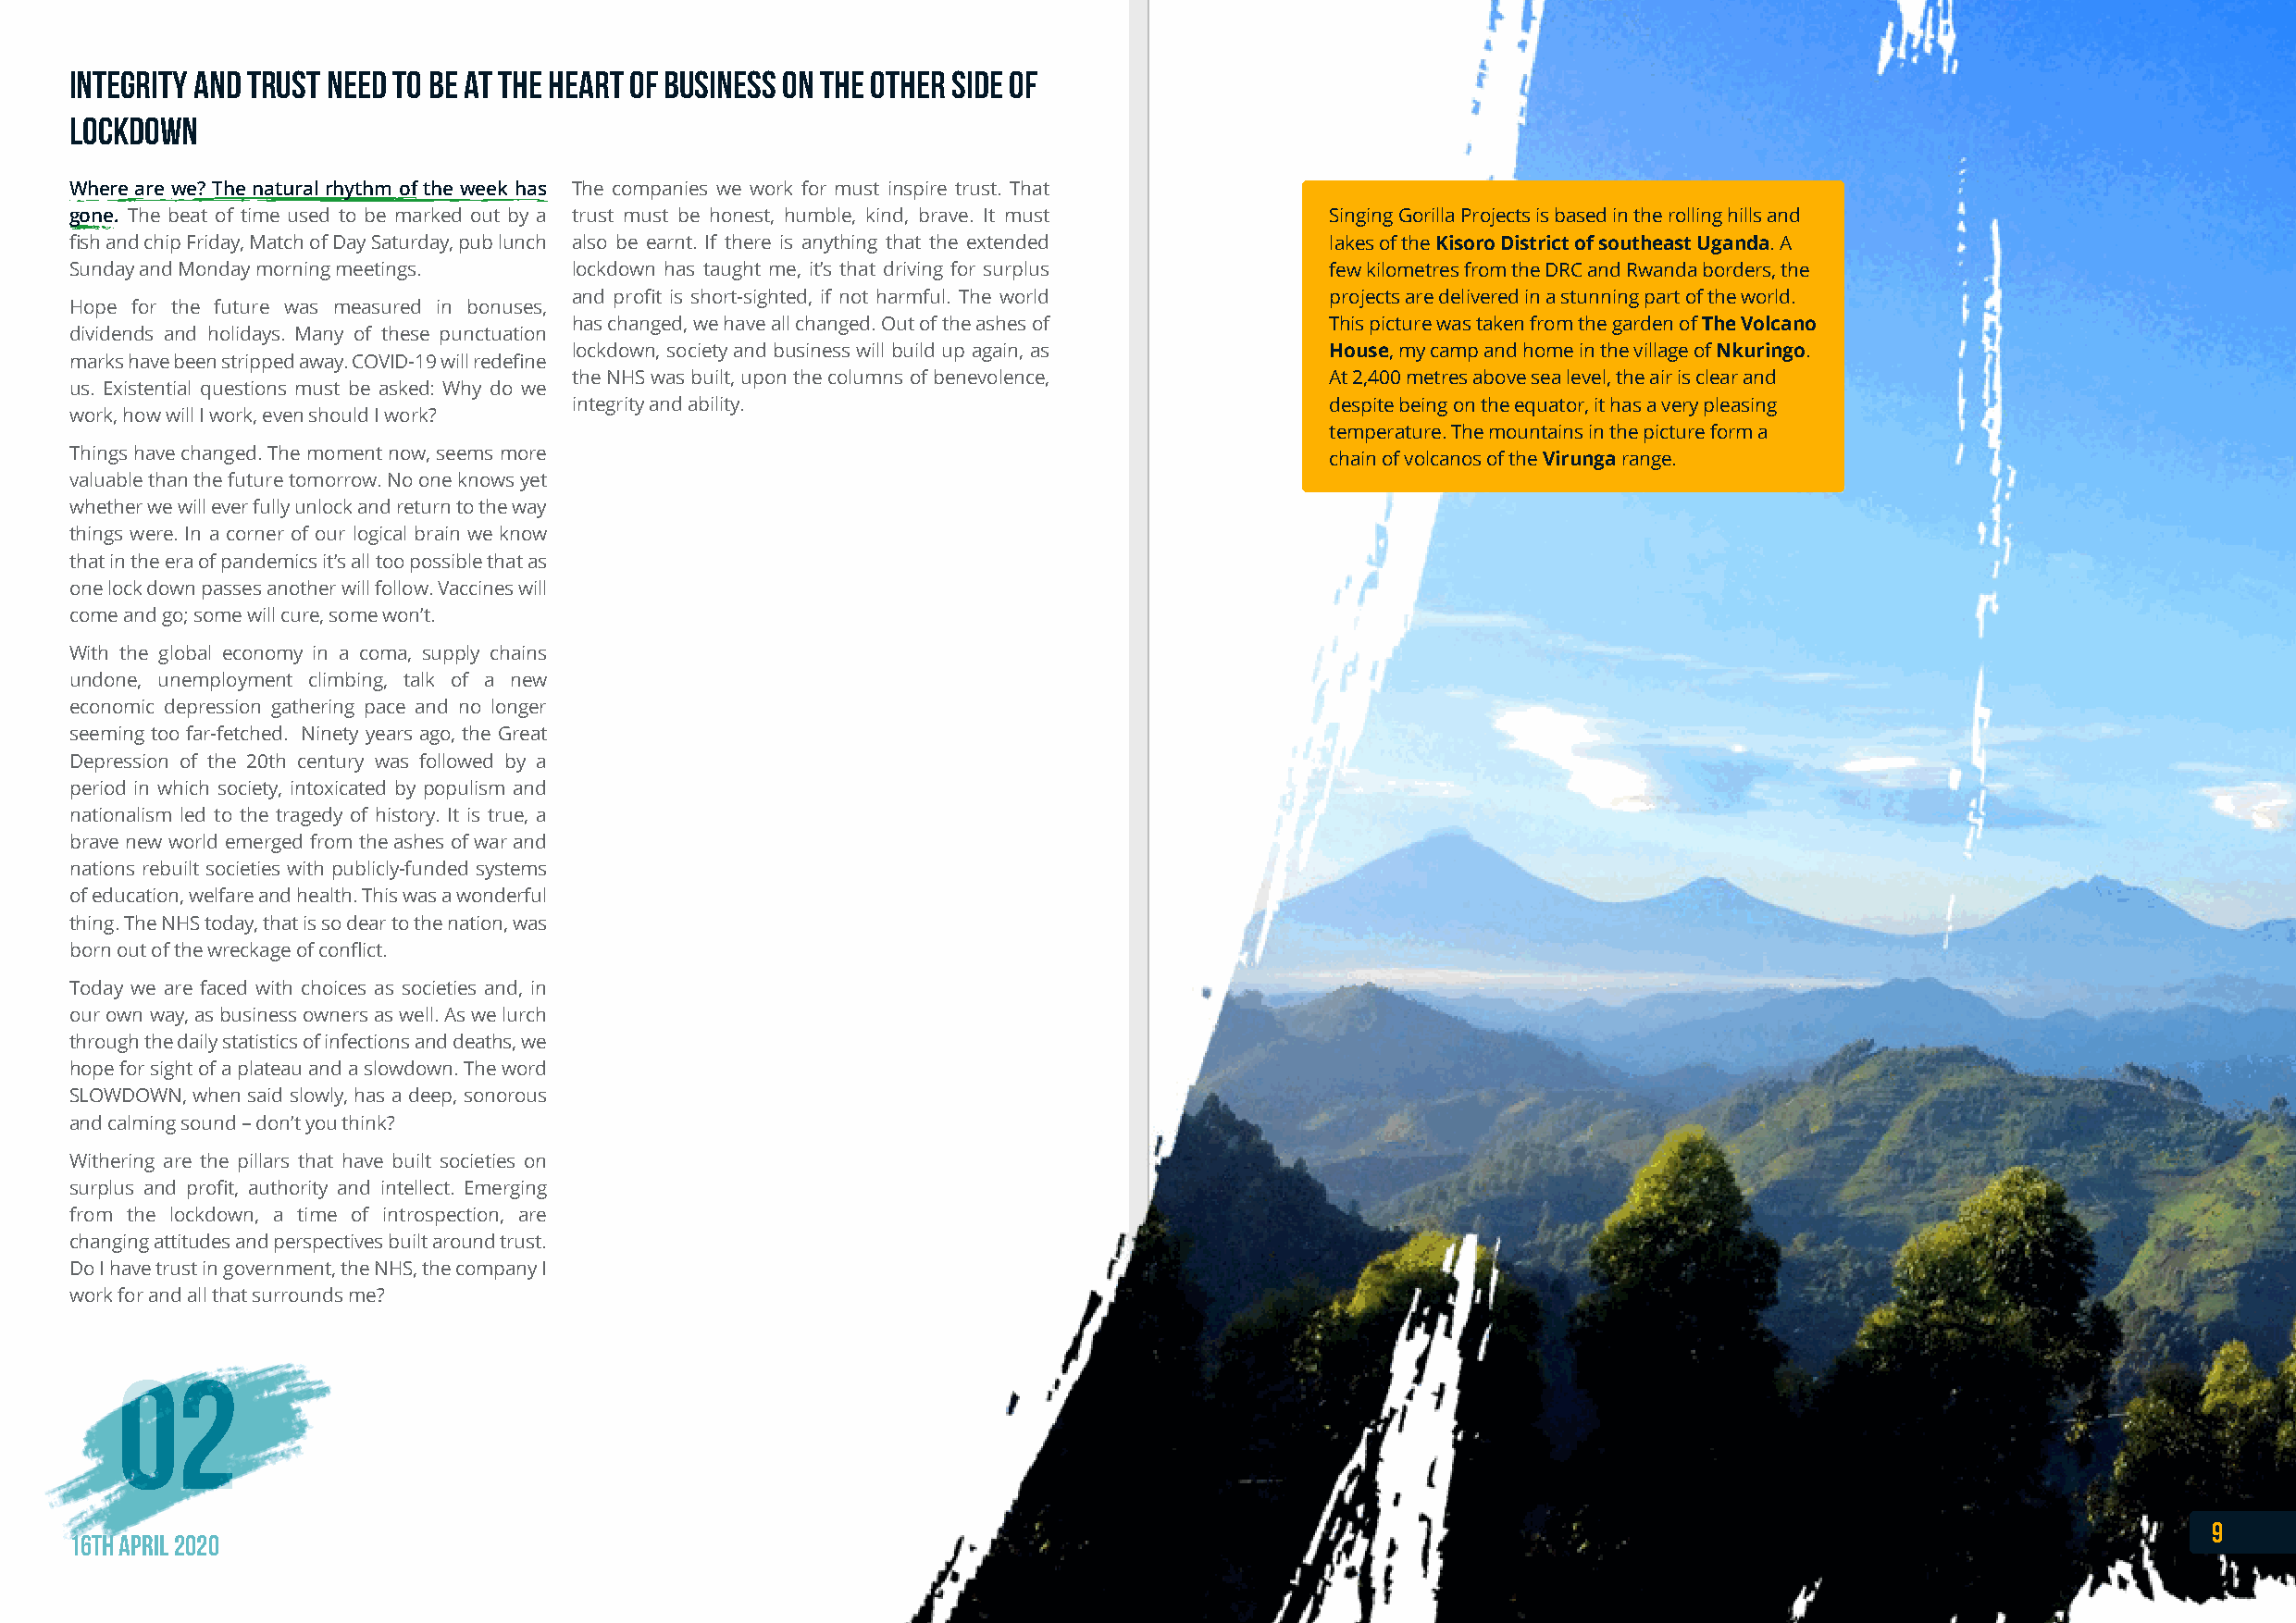
Integrity and trust need to be at the heart of business on the other side of
 lockdown
 Where are we? The natural rhythm of the week has The companies we work for must inspire trust. That
 gone. The beat of time used to be marked out by a trust must be honest, humble, kind, brave. It must Singing Gorilla Projects is based in the rolling hills and
 fish and chip Friday, Match of Day Saturday, pub lunch also be earnt. If there is anything that the extended lakes of the Kisoro District of southeast Uganda. A
 Sunday and Monday morning meetings. lockdown has taught me, it’s that driving for surplus few kilometres from the DRC and Rwanda borders, the
 and profit is short-sighted, if not harmful. The world projects are delivered in a stunning part of the world.
 Hope for the future was measured in bonuses,
 has changed, we have all changed. Out of the ashes of This picture was taken from the garden of The Volcano
 dividends and holidays. Many of these punctuation
 lockdown, society and business will build up again, as House, my camp and home in the village of Nkuringo.
 marks have been stripped away. COVID-19 will redefine
 the NHS was built, upon the columns of benevolence,   At 2,400 metres above sea level, the air is clear and
 us. Existential questions must be asked: Why do we
 integrity and ability.                                despite being on the equator, it has a very pleasing
 work, how will I work, even should I work?
 temperature. The mountains in the picture form a
 Things have changed. The moment now, seems more                                           chain of volcanos of the Virunga range.
 valuable than the future tomorrow. No one knows yet
 whether we will ever fully unlock and return to the way
 things were. In a corner of our logical brain we know
 that in the era of pandemics it’s all too possible that as
 one lock down passes another will follow. Vaccines will
 come and go; some will cure, some won’t.
 With the global economy in a coma, supply chains
 undone, unemployment climbing, talk of a new
 economic depression gathering pace and no longer
 seeming too far-fetched. Ninety years ago, the Great
 Depression of the 20th century was followed by a
 period in which society, intoxicated by populism and
 nationalism led to the tragedy of history. It is true, a
 brave new world emerged from the ashes of war and
 nations rebuilt societies with publicly-funded systems
 of education, welfare and health. This was a wonderful
 thing. The NHS today, that is so dear to the nation, was
 born out of the wreckage of conflict.
 Today we are faced with choices as societies and, in
 our own way, as business owners as well. As we lurch
 through the daily statistics of infections and deaths, we
 hope for sight of a plateau and a slowdown. The word
 SLOWDOWN, when said slowly, has a deep, sonorous
 and calming sound – don’t you think?
 Withering are the pillars that have built societies on
 surplus and profit, authority and intellect. Emerging
 from the lockdown, a time of introspection, are
 changing attitudes and perspectives built around trust.
 Do I have trust in government, the NHS, the company I
 work for and all that surrounds me?
 0022
 9
 16th April 2020